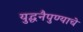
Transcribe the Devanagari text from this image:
युद्धनैपुण्याचे